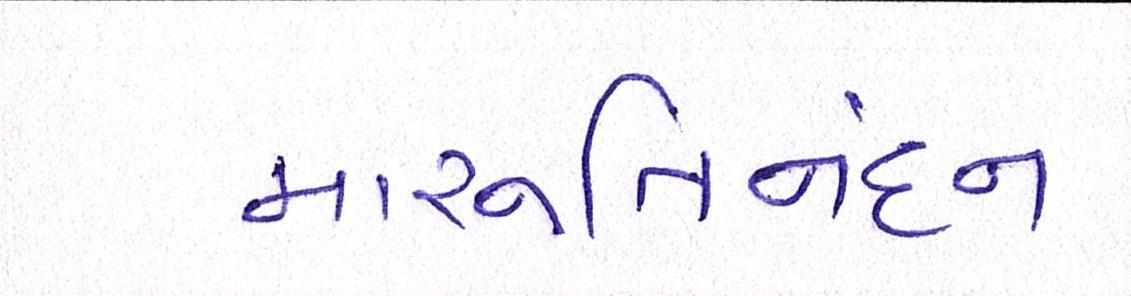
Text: મારૂતિનંદન